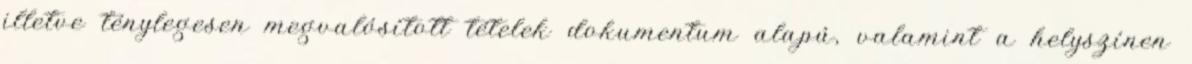
illetve ténylegesen megvalósított tételek dokumentum alapú, valamint a helyszínen